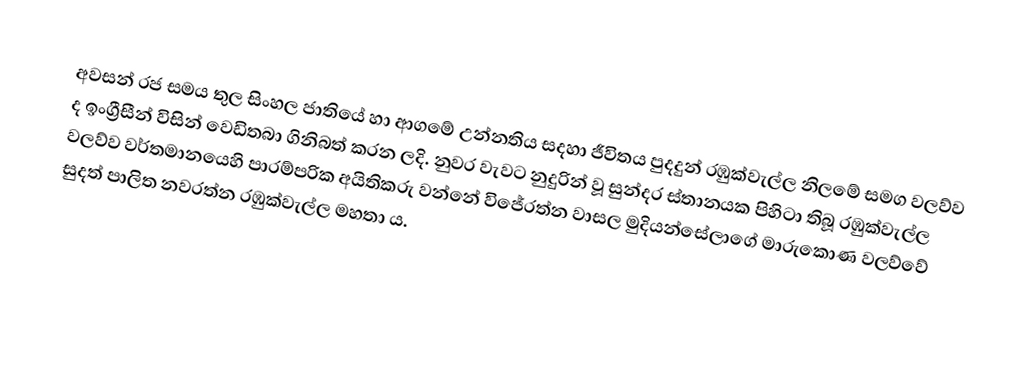
අවසන් රජ සමය තුල සිංහල ජාතියේ හා ආගමේ උන්නතිය සදහා ජීවිතය පුදදුන් රඹුක්වැල්ල නිලමේ සමග වලව්ව ද ඉංග්‍රීසීන් විසින් වෙඩිතබා ගිනිබත් කරන ලදි.   නුවර වැවට නුදුරින් වූ සුන්දර ස්තානයක පිහිටා තිබූ රඹුක්වැල්ල වලව්ව වර්තමානයෙහි පාරම්පරික අයිතිකරු වන්නේ විජේරත්න වාසල මුදියන්සේලාගේ මාරුකොණ වලව්වේ සුදත් පාලිත නවරත්න රඹුක්වැල්ල මහතා ය.